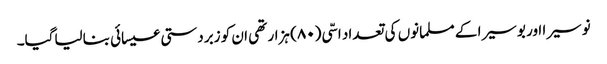
نوسیرا اور بوسیرا کے مسلمانوں کی تعداد اسّی (۸۰) ہزار تھی ان کو زبردستی عیسائی بنالیاگیا۔